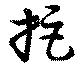
拒